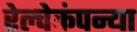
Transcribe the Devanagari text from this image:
रेल्वेकंपन्या